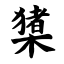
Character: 橥